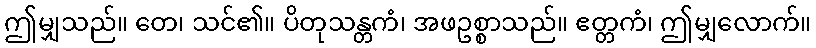
ဤမျှသည်။ တေ၊ သင်၏။ ပိတုသန္တကံ၊ အဖဥစ္စာသည်။ ဧတ္တကံ၊ ဤမျှလောက်။